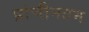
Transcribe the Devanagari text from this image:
प्रांचीनतम